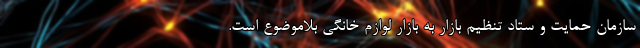
سازمان حمایت و ستاد تنظیم بازار به بازار لوازم خانگی بلاموضوع است.